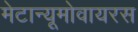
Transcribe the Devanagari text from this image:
मेटान्यूमोवायरस